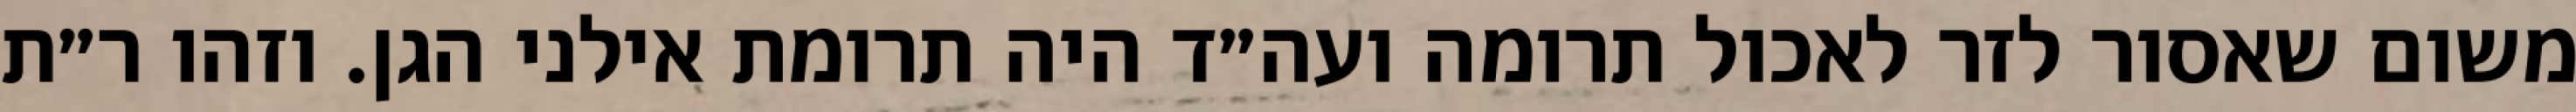
משום שאסור לזר לאכול תרומה ועה״ד היה תרומת אילני הגן. וזהו ר״ת